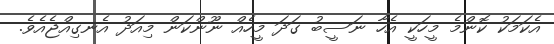
އެކަމަކު ކޮންމެ މީހަކީ އެހާ ނަސީބު ގަދަ މީހެއް ނޫންކަން މިއަދު އެނގިއްޖެއެވެ.